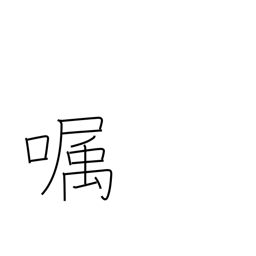
Meaning: send a message